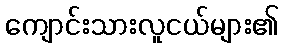
ကျောင်းသားလူငယ်များ၏